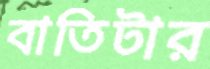
বাতিটার